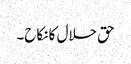
حق حلال کا نکاح۔